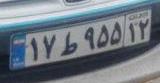
۱۷ط۹۵۵۱۲